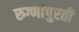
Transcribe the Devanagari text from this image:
रुग्णांपुरती